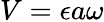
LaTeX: V=\epsilon a\omega